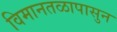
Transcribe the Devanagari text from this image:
विमानतळापासुन